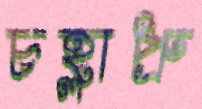
চহ্লাপ্রু